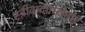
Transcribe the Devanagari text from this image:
स्त्रीवाद्यांसमोर